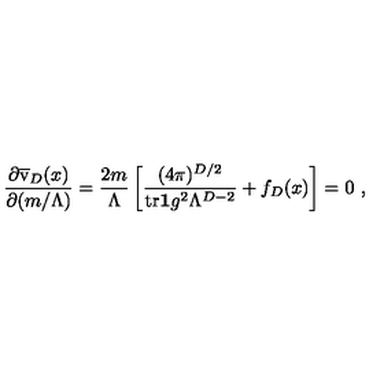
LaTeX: { \frac { \partial \overline { { \mathrm { \Large v } } } _ { D } ( x ) } { \partial ( m / \Lambda ) } } = { \frac { 2 m } { \Lambda } } \left[ { \frac { ( 4 \pi ) ^ { D / 2 } } { { \mathrm { t r } } { \bf 1 } g ^ { 2 } \Lambda ^ { D - 2 } } } + f _ { D } ( x ) \right] = 0 \ ,